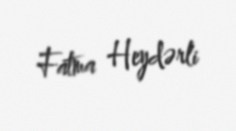
Fatma Heydərli